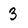
Character: 3